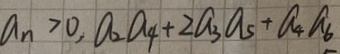
a _ { n } > 0 , a _ { 2 } a _ { 4 } + 2 a _ { 3 } a _ { 5 } + a _ { 4 } a _ { 6 }